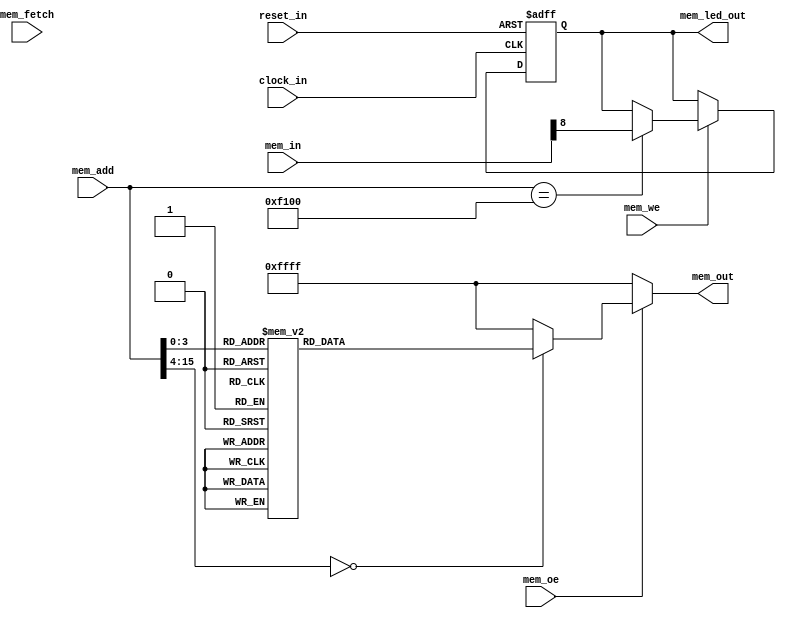
//a Note: created by CDL 1.3.6 - do not hand edit without recognizing it will be out of sync with the source
// Output mode 0 (VMOD=1, standard verilog=0)

//a Module lsa_mem
module lsa_mem
(
    clock_in,

    mem_fetch,
    mem_we,
    mem_oe,
    mem_add,
    mem_in,
    reset_in,

    mem_led_out,
    mem_out
);

    //b Clocks
    input clock_in;

    //b Inputs
    input mem_fetch;
    input mem_we;
    input mem_oe;
    input [15:0]mem_add;
    input [15:0]mem_in;
    input reset_in;

    //b Outputs
    output mem_led_out;
    output [15:0]mem_out;

// output components here

    //b Output combinatorials
    reg mem_led_out;
    reg [15:0]mem_out;

    //b Output nets

    //b Internal and output registers
    reg led_out_bits;

    //b Internal combinatorials

    //b Internal nets

    //b Clock gating module instances
    //b Module instances
    //b the_code__comb combinatorial process
    always @( //the_code__comb
        mem_oe or
        mem_add or
        led_out_bits )
    begin: the_code__comb_code
    reg [15:0]mem_out__var;
        mem_out__var = 16'hffff;
        if ((mem_oe==1'h1))
        begin
            case (mem_add) //synopsys parallel_case
            16'h0: // req 1
                begin
                mem_out__var = 16'hc001;
                end
            16'h1: // req 1
                begin
                mem_out__var = 16'hc000;
                end
            16'h2: // req 1
                begin
                mem_out__var = 16'h97f1;
                end
            16'h3: // req 1
                begin
                mem_out__var = 16'h9840;
                end
            16'h4: // req 1
                begin
                mem_out__var = 16'h6889;
                end
            16'h5: // req 1
                begin
                mem_out__var = 16'hc2fe;
                end
            16'h6: // req 1
                begin
                mem_out__var = 16'h6558;
                end
            16'h7: // req 1
                begin
                mem_out__var = 16'h4758;
                end
            16'h8: // req 1
                begin
                mem_out__var = 16'h9840;
                end
            16'h9: // req 1
                begin
                mem_out__var = 16'hc0fa;
                end
            default: // req 1
                begin
                mem_out__var = 16'hffff;
                end
            endcase
        end //if
        mem_led_out = led_out_bits;
        mem_out = mem_out__var;
    end //always

    //b the_code__posedge_clock_in_active_low_reset_in clock process
    always @( posedge clock_in or negedge reset_in)
    begin : the_code__posedge_clock_in_active_low_reset_in__code
        if (reset_in==1'b0)
        begin
            led_out_bits <= 1'h0;
        end
        else
        begin
            if ((mem_we==1'h1))
            begin
                if ((mem_add==16'hf100))
                begin
                    led_out_bits <= mem_in[8];
                end //if
            end //if
        end //if
    end //always

endmodule // lsa_mem